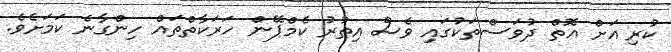
ކުރި އަށް އޮތް ދުވަސްތަކުގައި ވެސް އިތުރު ކެމްޕޭން ހަރަކާތްތައް ހިންގާނެ ކަމަށެވެ.